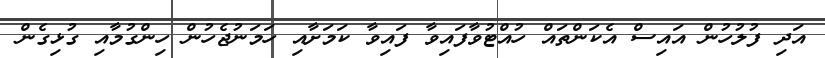
އަދި ފުލުހުން އައިސް އެކަންތައް ހުއްޓުވާފައިވާ ފައިވާ ކަމަށާއި ހަމަނުޖެހުން ހިންގުމާއި ގުޅިގެން